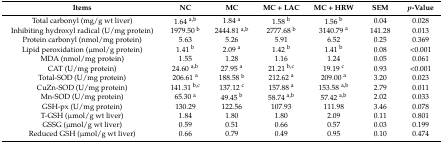
<table><thead><tr><td><b>Items</b></td><td><b>NC</b></td><td><b>MC</b></td><td><b>MC + LAC</b></td><td><b>MC + HRW</b></td><td><b>SEM</b></td><td><b><i>p</i>-Value</b></td></tr></thead><tbody><tr><td>Total carbonyl (mg/g wt liver)</td><td>1.64 <sup>a,b</sup></td><td>1.84 <sup>a</sup></td><td>1.58 <sup>b</sup></td><td>1.56 <sup>b</sup></td><td>0.04</td><td>0.028</td></tr><tr><td>Inhibiting hydroxyl radical (U/mg protein)</td><td>1979.50 <sup>b</sup></td><td>2444.81 <sup>a,b</sup></td><td>2777.68 <sup>b</sup></td><td>3140.79 <sup>a</sup></td><td>141.28</td><td>0.013</td></tr><tr><td>Protein carbonyl (nmol/mg protein)</td><td>5.63</td><td>5.26</td><td>5.91</td><td>6.52</td><td>0.25</td><td>0.369</td></tr><tr><td>Lipid peroxidation (μmol/g protein)</td><td>1.41 <sup>b</sup></td><td>2.09 <sup>a</sup></td><td>1.42 <sup>b</sup></td><td>1.41 <sup>b</sup></td><td>0.08</td><td>&lt;0.001</td></tr><tr><td>MDA (nmol/mg protein)</td><td>1.55</td><td>1.28</td><td>1.16</td><td>1.24</td><td>0.05</td><td>0.061</td></tr><tr><td>CAT (U/mg protein)</td><td>24.60 <sup>a,b</sup></td><td>27.95 <sup>a</sup></td><td>21.21 <sup>b,c</sup></td><td>19.19 <sup>c</sup></td><td>0.93</td><td>&lt;0.001</td></tr><tr><td>Total-SOD (U/mg protein)</td><td>206.61 <sup>a</sup></td><td>188.58 <sup>b</sup></td><td>212.62 <sup>a</sup></td><td>209.00 <sup>a</sup></td><td>3.20</td><td>0.023</td></tr><tr><td>CuZn-SOD (U/mg protein)</td><td>141.31 <sup>b,c</sup></td><td>137.12 <sup>c</sup></td><td>157.88 <sup>a</sup></td><td>153.58 <sup>a,b</sup></td><td>2.79</td><td>0.011</td></tr><tr><td>Mn-SOD (U/mg protein)</td><td>65.30 <sup>a</sup></td><td>49.45 <sup>b</sup></td><td>58.74 <sup>a,b</sup></td><td>57.42 <sup>a,b</sup></td><td>2.02</td><td>0.033</td></tr><tr><td>GSH-px (U/mg protein)</td><td>130.29</td><td>122.56</td><td>107.93</td><td>111.98</td><td>3.46</td><td>0.078</td></tr><tr><td>T-GSH (μmol/g wt liver)</td><td>1.84</td><td>1.80</td><td>1.80</td><td>2.09</td><td>0.11</td><td>0.801</td></tr><tr><td>GSSG (μmol/g wt liver)</td><td>0.59</td><td>0.51</td><td>0.66</td><td>0.57</td><td>0.03</td><td>0.199</td></tr><tr><td>Reduced GSH (μmol/g wt liver)</td><td>0.66</td><td>0.79</td><td>0.49</td><td>0.95</td><td>0.10</td><td>0.474</td></tr></tbody></table>